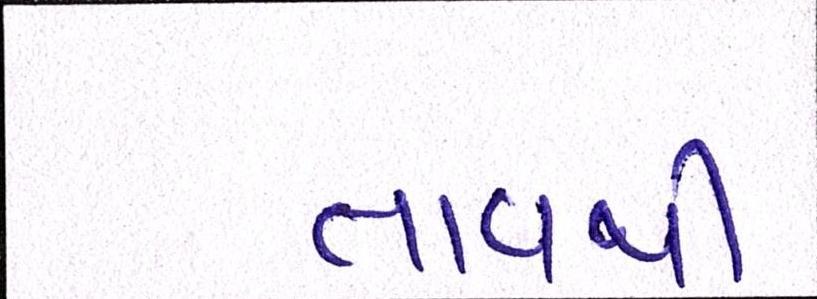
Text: તાવથી